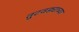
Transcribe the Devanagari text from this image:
तुटवड्याच्या